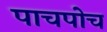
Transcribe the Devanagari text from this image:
पाचपोच